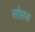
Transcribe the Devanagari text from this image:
सोफ़स